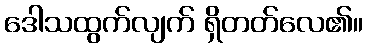
ဒေါသထွက်လျက် ရှိတတ်လေ၏။